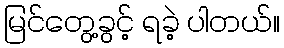
မြင်တွေ့ခွင့် ရခဲ့ ပါတယ်။